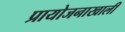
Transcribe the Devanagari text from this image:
प्रायोजनाखाली